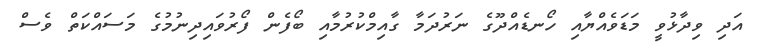
އަދި ވިދާޅުވީ މަޑަވެއްޔާއި ހޯނޑެއްދޫގެ ނަރުދަމާ ގާއިމްކުރުމާއި ބޯފެން ފޯރުވައިދިނުމުގެ މަސައްކަތް ވެސް